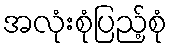
အလုံးစုံပြည့်စုံ